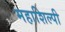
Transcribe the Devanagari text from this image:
महाशिल्पी